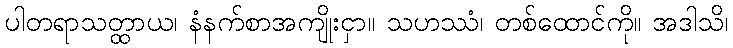
ပါတရာသတ္ထာယ၊ နံနက်စာအကျိုးငှာ။ သဟဿံ၊ တစ်ထောင်ကို။ အဒါသိ၊